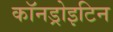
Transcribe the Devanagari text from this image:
कॉनड्रोइटिन